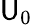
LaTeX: \mathsf{U}_{0}